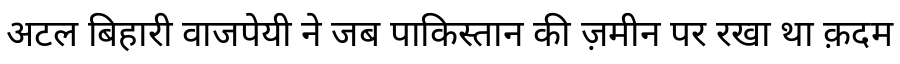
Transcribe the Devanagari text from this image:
अटल बिहारी वाजपेयी ने जब पाकिस्तान की ज़मीन पर रखा था क़दम